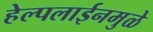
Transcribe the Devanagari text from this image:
हेल्पलाईनमुळे